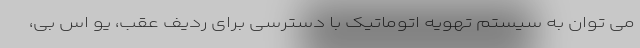
می توان به سیستم تهویه اتوماتیک با دسترسی برای ردیف عقب، یو اس بی،